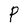
Character: P